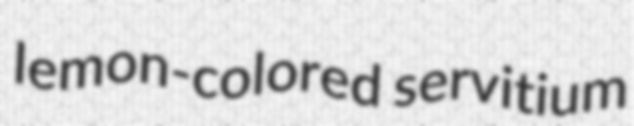
lemon-colored servitium